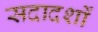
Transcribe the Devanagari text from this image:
सदादर्शों